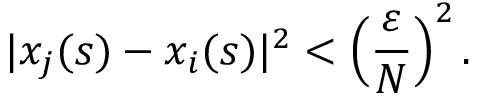
| x _ { j } ( s ) - x _ { i } ( s ) | ^ { 2 } < \Big ( \frac { \varepsilon } { N } \Big ) ^ { 2 } \, .